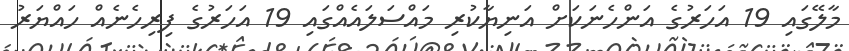
މާލޭގައި 19 އަހަރުގެ އަންހެނަކަށް އަނިޔާކުރި މައްސަލައެއްގައި 19 އަހަރުގެ ފިރިހެނެއް ހައްޔަރު